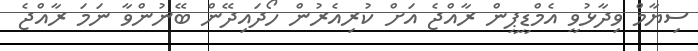
ސިޔާމް ވިދާޅުވީ އެމްޑީޕީން ރާއްޖެ އަށް ކުރިއެރުން ހޯދައިދޭން ބޭނުންވާ ނަމަ ރާއްޖެ